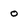
Character: o